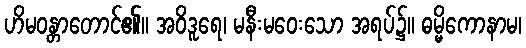
ဟိမဝန္တာတောင်၏။ အဝိဒူရေ၊ မနီးမဝေးသော အရပ်၌။ ဓမ္မိကောနာမ၊